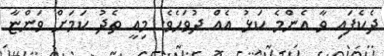
ދެކެފައި ވާ އެންމެ ކަޅު އެއް ދުވަހެވެ. މިއީ ތެދު ކަމަށް ވަންޏާ